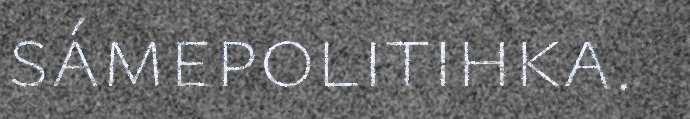
sámepolitihka.